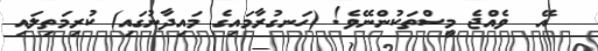
އޭ  ވެއްޖެ މީސްތަކުންނޭވެ! (ހަނގުރާމައިގެ މައިދާނުގައި) ކުރިމަތިލައި